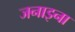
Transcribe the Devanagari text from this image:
जनाइना